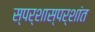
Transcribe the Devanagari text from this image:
स्पर्शास्पर्शांत